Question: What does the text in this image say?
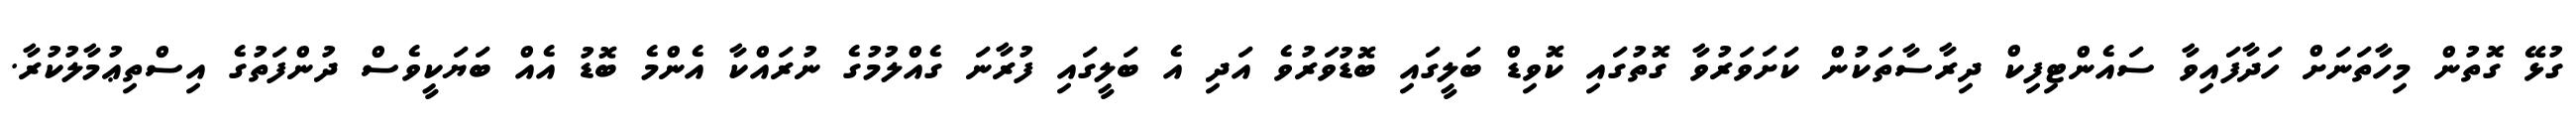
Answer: ގުޅޭ ގޮތުން މިހާތަނަށް ހަދާފައިވާ ސައެންޓިފިކް ދިރާސާތަކުން ކަށަވަރުވާ ގޮތުގައި ކޮވިޑް ބަލީގައި ބޮޑުވަރުވެ އަދި އެ ބަލީގައި ފުރާނަ ގެއްލުމުގެ ނުރައްކާ އެންމެ ބޮޑު އެއް ބަޔަކީވެސް ދުންފަތުގެ އިސްތިޢުމާލުކުރާ.